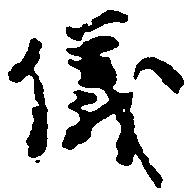
儀